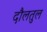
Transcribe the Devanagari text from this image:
दौलतुल